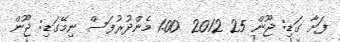
ފަށާ ގަޑި: ޖޫން 25 2012  1.00 މެންދުރުފަސް ނިމޭގަޑި: ޖޫން